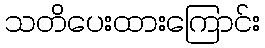
သတိပေးထားကြောင်း